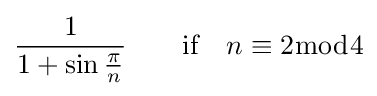
{\frac {1}{1+\sin {\frac {\pi }{n}}}}\qquad {\text{if}}\quad n\equiv 2{\bmod {4}}